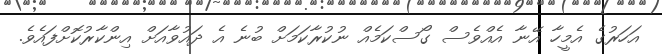
އަހަރުގެ އެމީހާ އޭނާ އެއްވެސް ގޯސްކަމެއް ނުކުރާކަމަށް ބުނެ އެ ދައުވާއަށް އިންކާރުކޮށްފައެވެ.